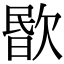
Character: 𣣤